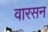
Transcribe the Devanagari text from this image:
वारसन